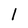
Character: 1